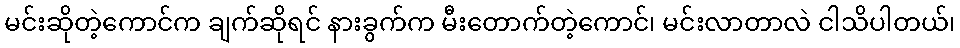
မင်းဆိုတဲ့ကောင်က ချက်ဆိုရင် နားခွက်က မီးတောက်တဲ့ကောင်၊ မင်းလာတာလဲ ငါသိပါတယ်၊